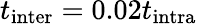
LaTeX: t_{\textrm{inter}}=0.02t_{\textrm{intra}}